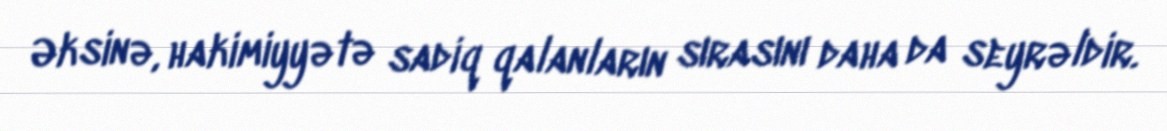
Əksinə, hakimiyyətə sadiq qalanların sırasını daha da seyrəldir.